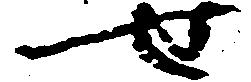
せ